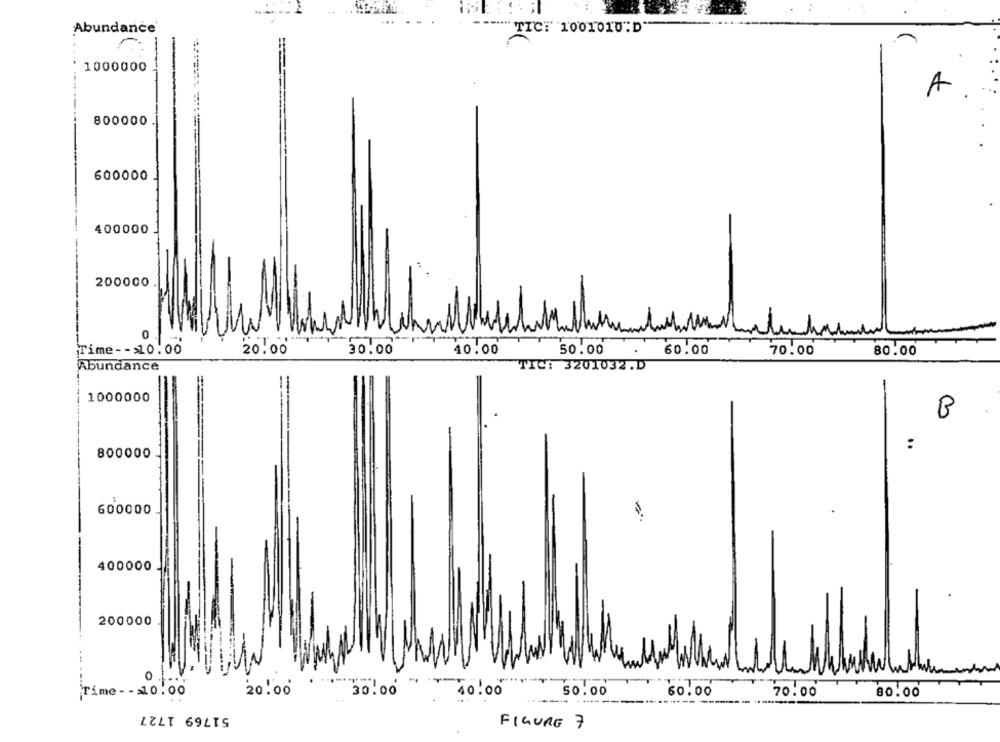
Abundance
"TICI 1001010"D
1000000
A
800000
600000
400000
200000
0
20.00
Time -- >10.00
30.00
40.00
50.00
60.00
70.00
80.00
Abundance
TIC: 3201032.D
1000000
B
:
800000
600000
400000
200000
20.00
50.00
Time - - >10 .00
30.00
40.00
60.00
70.00
80.00
51769 1727
FIGURE 7